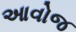
આવોજ